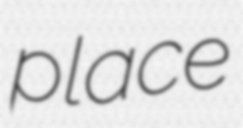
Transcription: place